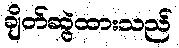
ချိတ်ဆွဲထားသည်